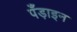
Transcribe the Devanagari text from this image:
पँड़ाइन